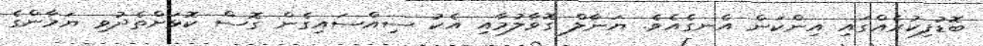
ބޮޑުފިކުރެއްގައި އިންކަން އެނގެއެވެ. ޔަނާލް ގޮވާލުމާއި އެކު ސިއްސައިގެން ގޮސް ކޮޅަށްތެދުވި ޔަމާންގެ